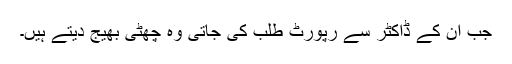
جب ان کے ڈاکٹر سے رپورٹ طلب کی جاتی وہ چھٹی بھیج دیتے ہیں۔